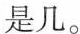
是几。